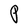
Character: P